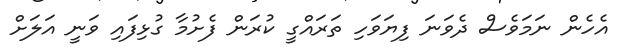
އެހެން ނަމަވެސް ދެވަނަ ފިޔަވަހި ތަރައްގީ ކުރަން ފެށުމާ ގުޅިފައި ވަނީ އަލަށް